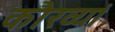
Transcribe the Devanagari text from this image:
कौरव्यां